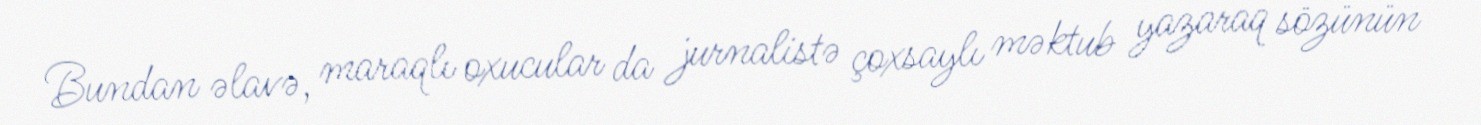
Bundan əlavə, maraqlı oxucular da jurnalistə çoxsaylı məktub yazaraq sözünün